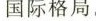
国际格局。